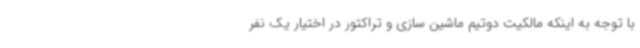
با توجه به اینکه مالکیت دوتیم ماشین سازی و تراکتور در اختیار یک نفر